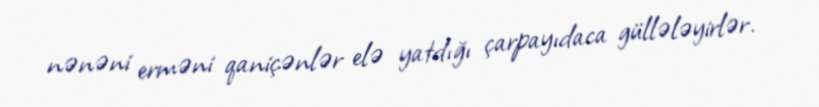
nənəni erməni qaniçənlər elə yatdığı çarpayıdaca güllələyirlər.